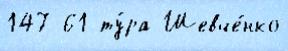
147 61 ту́ра Шевче́нко